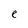
Character: e